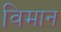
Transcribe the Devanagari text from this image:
विमान